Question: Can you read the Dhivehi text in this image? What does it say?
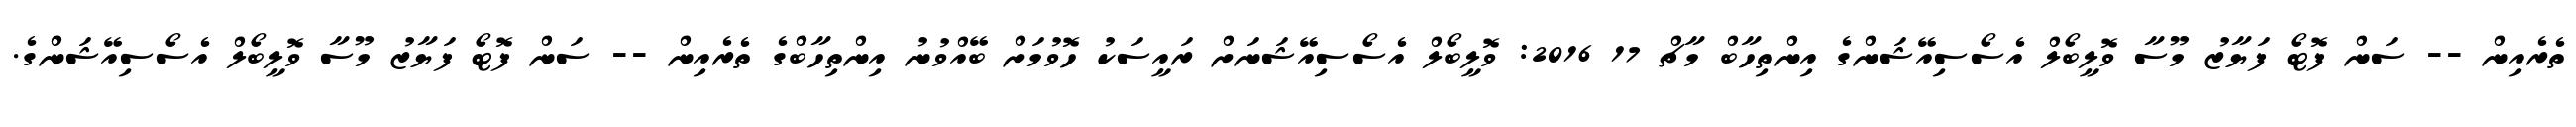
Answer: ތެރެއިން -- ސަން ފޮޓޯ ފަޔާޒު މޫސާ ވޮލީބޯލް އެސޯސިއޭޝަންގެ އިންތިހާބް މާޗް 17 2016: ވޮލީބޯލް އެސޯސިއޭޝަނަށް ރައީސަކު ހޮވުމަށް ބޭއްވުނު އިންތިހާބްގެ ތެރެއިން -- ސަން ފޮޓޯ ފަޔާޒު މޫސާ ވޮލީބޯލް އެސޯސިއޭޝަންގެ.